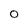
Character: 0